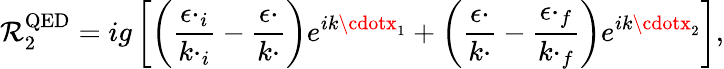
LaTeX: {\cal\mathcal{R}}_{2}^{\mathrm{{QED}}}=ig\left[\left(\frac{{\epsilon\cdotp_{i}}}{{k\cdotp_{i}}}-\frac{{\epsilon\cdotp}}{{k\cdotp}}\right)e^{ik\cdotx_{1}}+\left(\frac{{\epsilon\cdotp}}{{k\cdotp}}-\frac{{\epsilon\cdotp_{f}}}{{k\cdotp_{f}}}\right)e^{ik\cdotx_{2}}\right],